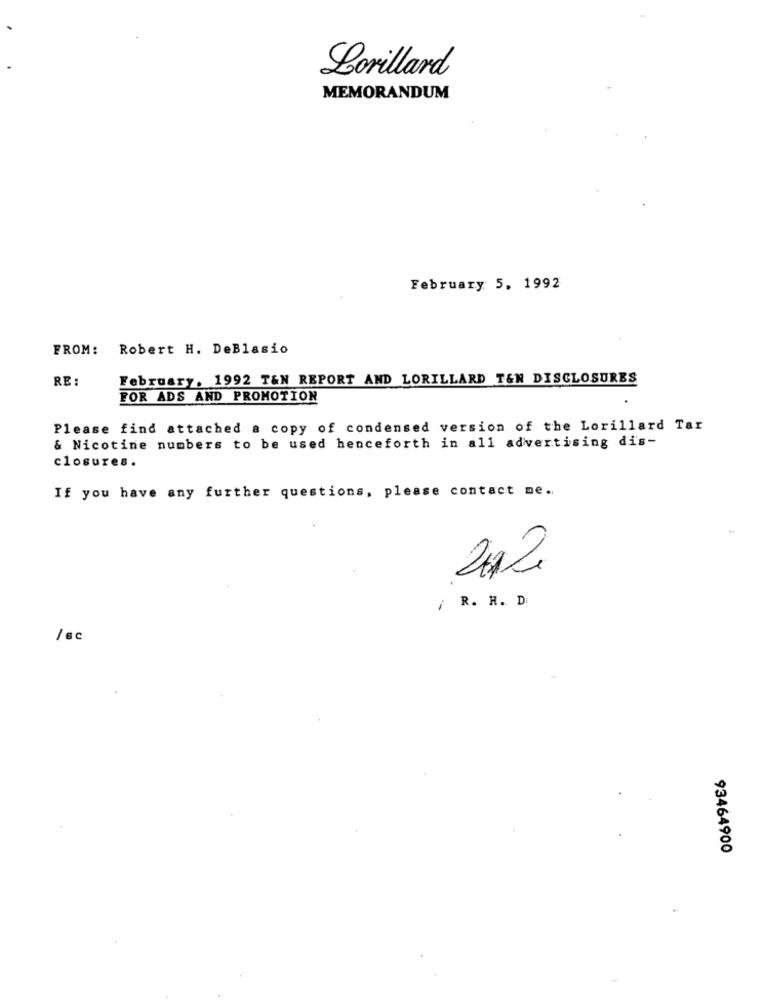
Lorillard
MEMORANDUM
February 5, 1992
FROM: Robert H. DeBlasio
RE :
February, 1992 T&N REPORT AND LORILLARD T&N DISCLOSURES
FOR ADS AND PROMOTION
Please find attached a copy of condensed version of the Lorillard Tar
& Nicotine numbers to be used henceforth in all advertising dis-
closures.
If you have any further questions, please contact me.
2012
/ R. H. D
/sc
93464900